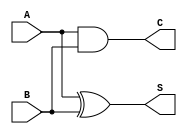
module current_mode_half_adder (
    input wire A,   // Input A
    input wire B,   // Input B
    output wire S,  // Sum output
    output wire C   // Carry output
);

// Internal signals
wire A_and_B; // Intermediate signal for AND operation

// Sum output (S = A XOR B)
assign S = A ^ B;

// Carry output (C = A AND B)
assign C = A & B;

endmodule